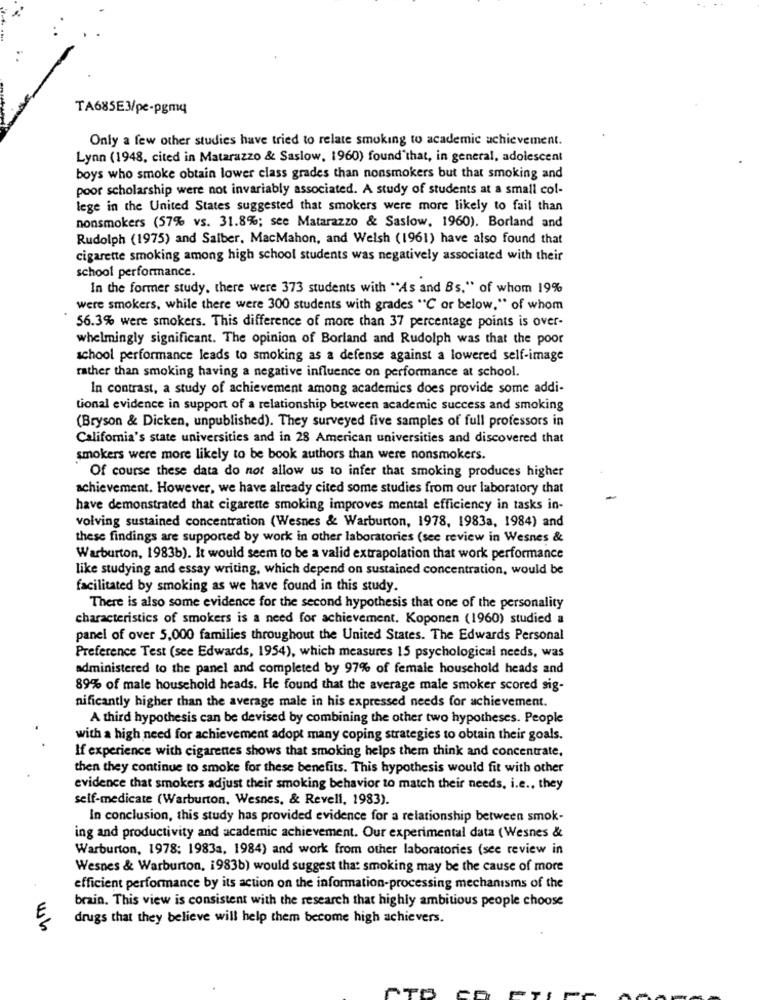
TA685E3/pe-pgmq
Only a few other studies have tried to relate smoking to academic achievement.
Lynn (1948, cited in Matarazzo & Saslow, 1960) found that, in general, adolescent
boys who smoke obtain lower class grades than nonsmokers but that smoking and
poor scholarship were not invariably associated. A study of students at a small col-
lege in the United States suggested that smokers were more likely to fail than
nonsmokers (57% vs. 31.8%; see Matarazzo & Saslow, 1960). Borland and
Rudolph (1975) and Salber, MacMahon, and Welsh (1961) have also found that
cigarette smoking among high school students was negatively associated with their
school performance.
In the former study, there were 373 students with "As and Bs." of whom 19%
were smokers, while there were 300 students with grades "C or below." of whom
56.3% were smokers. This difference of more than 37 percentage points is over-
whelmingly significant. The opinion of Borland and Rudolph was that the poor
school performance leads to smoking as a defense against a lowered self-image
rather than smoking having a negative influence on performance at school.
In contrast, a study of achievement among academies does provide some addi-
tional evidence in support of a relationship between academic success and smoking
(Bryson & Dicken, unpublished). They surveyed five samples of full professors in
California's state universities and in 28 American universities and discovered that
smokers were more likely to be book authors than were nonsmokers.
Of course these data do not allow us to infer that smoking produces higher
achievement. However, we have already cited some studies from our laboratory that
have demonstrated that cigarette smoking improves mental efficiency in tasks in-
volving sustained concentration (Wesnes & Warburton, 1978, 1983a, 1984) and
these findings are supported by work in other laboratories (see review in Wesnes &
Warburton, 1983b). It would seem to be a valid extrapolation that work performance
like studying and essay writing, which depend on sustained concentration, would be
facilitated by smoking as we have found in this study.
There is also some evidence for the second hypothesis that one of the personality
characteristics of smokers is a need for achievement. Koponen (1960) studied a
panel of over 5,000 families throughout the United States. The Edwards Personal
Preference Test (see Edwards, 1954), which measures 15 psychological needs, was
administered to the panel and completed by 97% of female household heads and
89% of male household heads. He found that the average male smoker scored sig-
nificantly higher than the average male in his expressed needs for achievement.
A third hypothesis can be devised by combining the other two hypotheses. People
with a high need for achievement adopt many coping strategies to obtain their goals.
If experience with cigarettes shows that smoking helps them think and concentrate,
then they continue to smoke for these benefits. This hypothesis would fit with other
evidence that smokers adjust their smoking behavior to match their needs, i.e ., they
self-medicate (Warburton, Wesnes, & Revell, 1983).
In conclusion, this study has provided evidence for a relationship between smok-
ing and productivity and academic achievement. Our experimental data (Wesnes &
Warburton, 1978: 1983a, 1984) and work from other laboratories (see review in
Wesnes & Warburton, 1983b) would suggest that smoking may be the cause of more
efficient performance by its action on the information-processing mechanisms of the
brain. This view is consistent with the research that highly ambitious people choose
E
drugs that they believe will help them become high achievers.